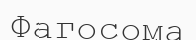
Фагосома